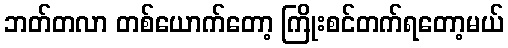
ဘတ်တလာ တစ်ယောက်တော့ ကြိုးစင်တက်ရတော့မယ်